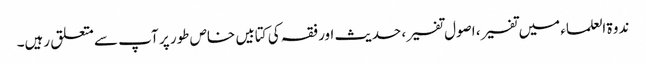
ندوۃ العلماء میں تفسیر، اصول تفسیر، حدیث اور فقہ کی کتابیں خاص طور پر آپ سے متعلق رہیں۔